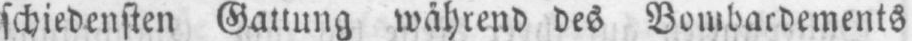
schiedensten Gattung während des Bombardements